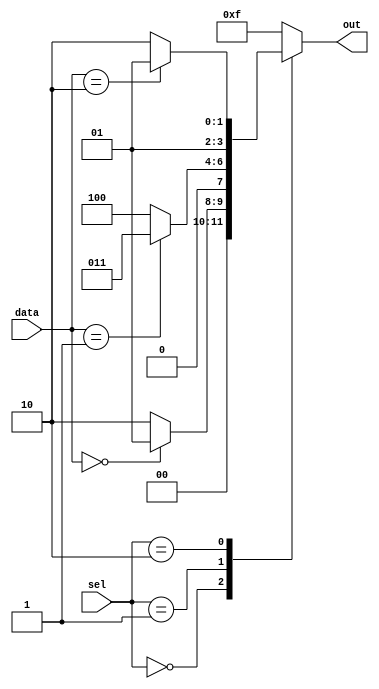
module case_if_else (
    input [2:0] sel,  // Selector input
    input [3:0] data, // Data input
    output reg [3:0] out // Output
);

always @ (*) begin
    case(sel)
        3'b000: begin
            if (data == 4'b0000)
                out <= 4'b0001;
            else
                out <= 4'b0010;
        end
        3'b001: begin
            if (data == 4'b0001)
                out <= 4'b0011;
            else
                out <= 4'b0100;
        end
        3'b010: begin
            if (data == 4'b0010)
                out <= 4'b0101;
            else
                out <= 4'b0110;
        end
        default: begin
            out <= 4'b1111;
        end
    endcase
end

endmodule